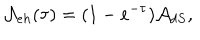
LaTeX: { \cal A } _ { e h } ( \tau ) = ( 1 - e ^ { - \tau } ) { \cal A } _ { d S } ,